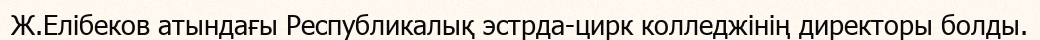
Ж.Елібеков атындағы Республикалық эстрда-цирк колледжінің директоры болды.